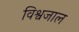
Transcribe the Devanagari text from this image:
विश्वजाल